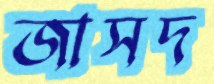
জাসদ